Vaccination in Burma 1900-1911 - 1900-1911
Year: 1900
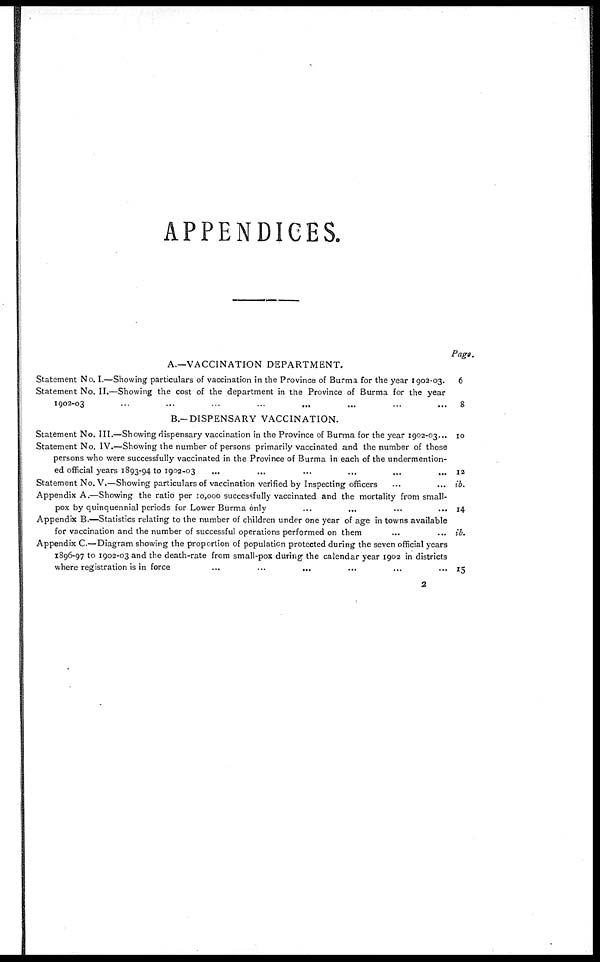
APPENDICES.
A.—VACCINATION DEPARTMENT.
Statement No. I.—Showing particulars of vaccination in the Province of Burma for the year 1902-03.
Statement No. II.—Showing the cost of the department in the Province of Burma for the year
1902-03...
...
...
...
...
B.— DISPENSARY VACCINATION.
Statement No. III.—Showing dispensary vaccination in the Province of Burma for the year 1902-03...
Statement No. IV.—Showing the number of persons primarily vaccinated and the number of those
persons who were successfully vaccinated in the Province of Burma in each of the undermention-
ed official years 1893-94 to
1902-03...
...
...
...
Statement No. V.—Showing particulars of vaccination verified by Inspecting officers
Appendix A.—Showing the ratio per 10,000 successfully vaccinated and the mortality from small-
pox by quinquennial periods for Lower Burma only... ... ... ... ...
Appendix B.—Statistics relating to the number of children under one year of age in towns available
for vaccination and the number of successful operations performed on them ... ... ... ...
Appendix C.—Diagram showing the proportion of population protected during the seven official years
1896-97 to 1902-03 and the death-rate from small-pox during the calendar year 1902 in districts
where registration is in force
...
...
...
...
Page.
6
8
10
12
ib.
14
ib.
15